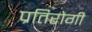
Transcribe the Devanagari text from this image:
प्रतिरोगी